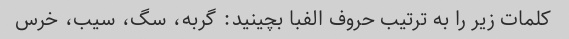
کلمات زیر را به ترتیب حروف الفبا بچینید: گربه، سگ، سیب، خرس